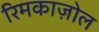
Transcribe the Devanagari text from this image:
रिमकाज़ोल